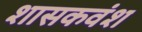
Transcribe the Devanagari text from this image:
शासकवंश